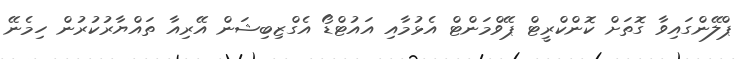
ޕްލޭންގައިވާ ގޮތަށް ކޮންކްރީޓް ޕޭވްމަންޓް އެޅުމާއި އައުޓްޑޯ އެގްޒިބިޝަން އޭރިއާ ތައްޔާރުކުރުން ހިމެނޭ